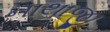
નાથાજી